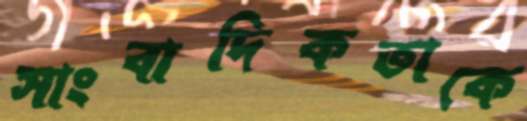
সাংবাদিকতাকে